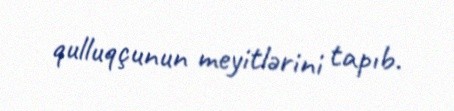
qulluqçunun meyitlərini tapıb.